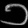
Digit: ၁